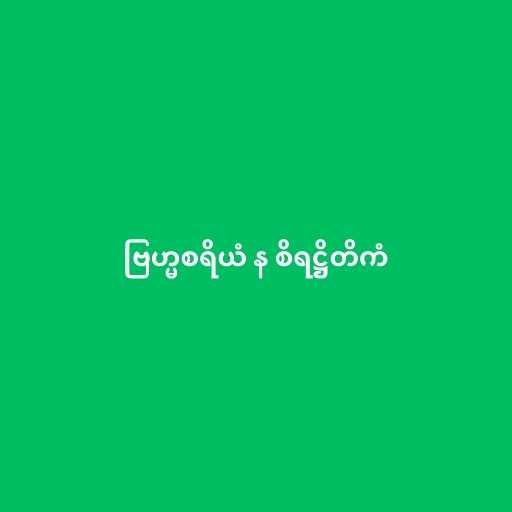
ဗြဟ္မစရိယံ န စိရဋ္ဌိတိကံ